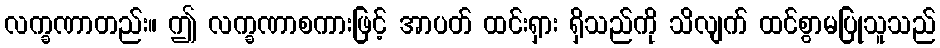
လက္ခဏာတည်း။ ဤ လက္ခဏာစကားဖြင့် အာပတ် ထင်းရှား ရှိသည်ကို သိလျက် ထင်စွာမပြုသူသည်